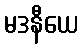
မဒနီယေ